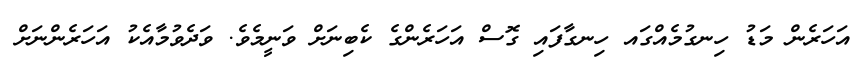
އަހަރެން މަޑު ހިނގުމެއްގައ ހިނގާފައި ގޮސް އަހަރެންގެ ކެބިނަށް ވަނީމެވެ. ވަދެވުމާއެކު އަހަރެންނަށް